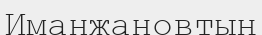
Иманжановтың